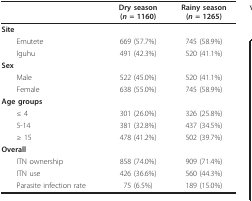
|  | Dry season (n = 1160) | Rainy season (n = 1265) |
 | --- | --- | --- |
 | Site |  |  |
 | Emutete | 669 (57.7%) | 745 (58.9%) |
 | Iguhu | 491 (42.3%) | 520 (41.1%) |
 | Sex |  |  |
 | Male | 522 (45.0%) | 520 (41.1%) |
 | Female | 638 (55.0%) | 745 (58.9%) |
 | Age groups |  |  |
 | ≤ 4 | 301 (26.0%) | 326 (25.8%) |
 | 5-14 | 381 (32.8%) | 437 (34.5%) |
 | ≥ 15 | 478 (41.2%) | 502 (39.7%) |
 | Overall |  |  |
 | ITN ownership | 858 (74.0%) | 909 (71.4%) |
 | ITN use | 426 (36.6%) | 560 (44.3%) |
 | Parasite infection rate | 75 (6.5%) | 189 (15.0%) |